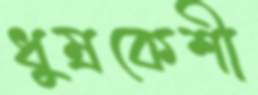
ধুম্রকেশী